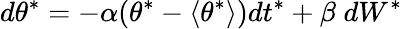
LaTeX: d\theta^{*}=-\alpha(\theta^{*}-\langle{\theta^{*}}\rangle)dt^{*}+\beta\; dW^{*}